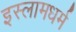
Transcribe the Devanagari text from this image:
इस्लामधर्म